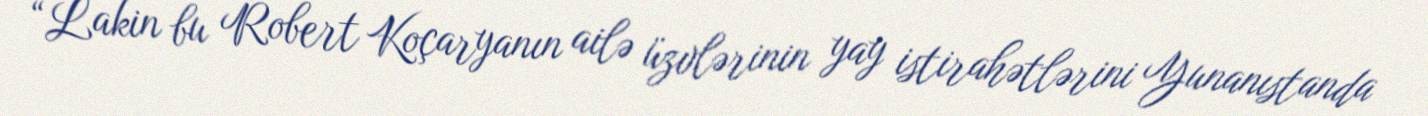
“Lakin bu Robert Koçaryanın ailə üzvlərinin yay istirahətlərini Yunanıstanda